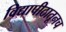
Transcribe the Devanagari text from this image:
विद्यापीठातूनच